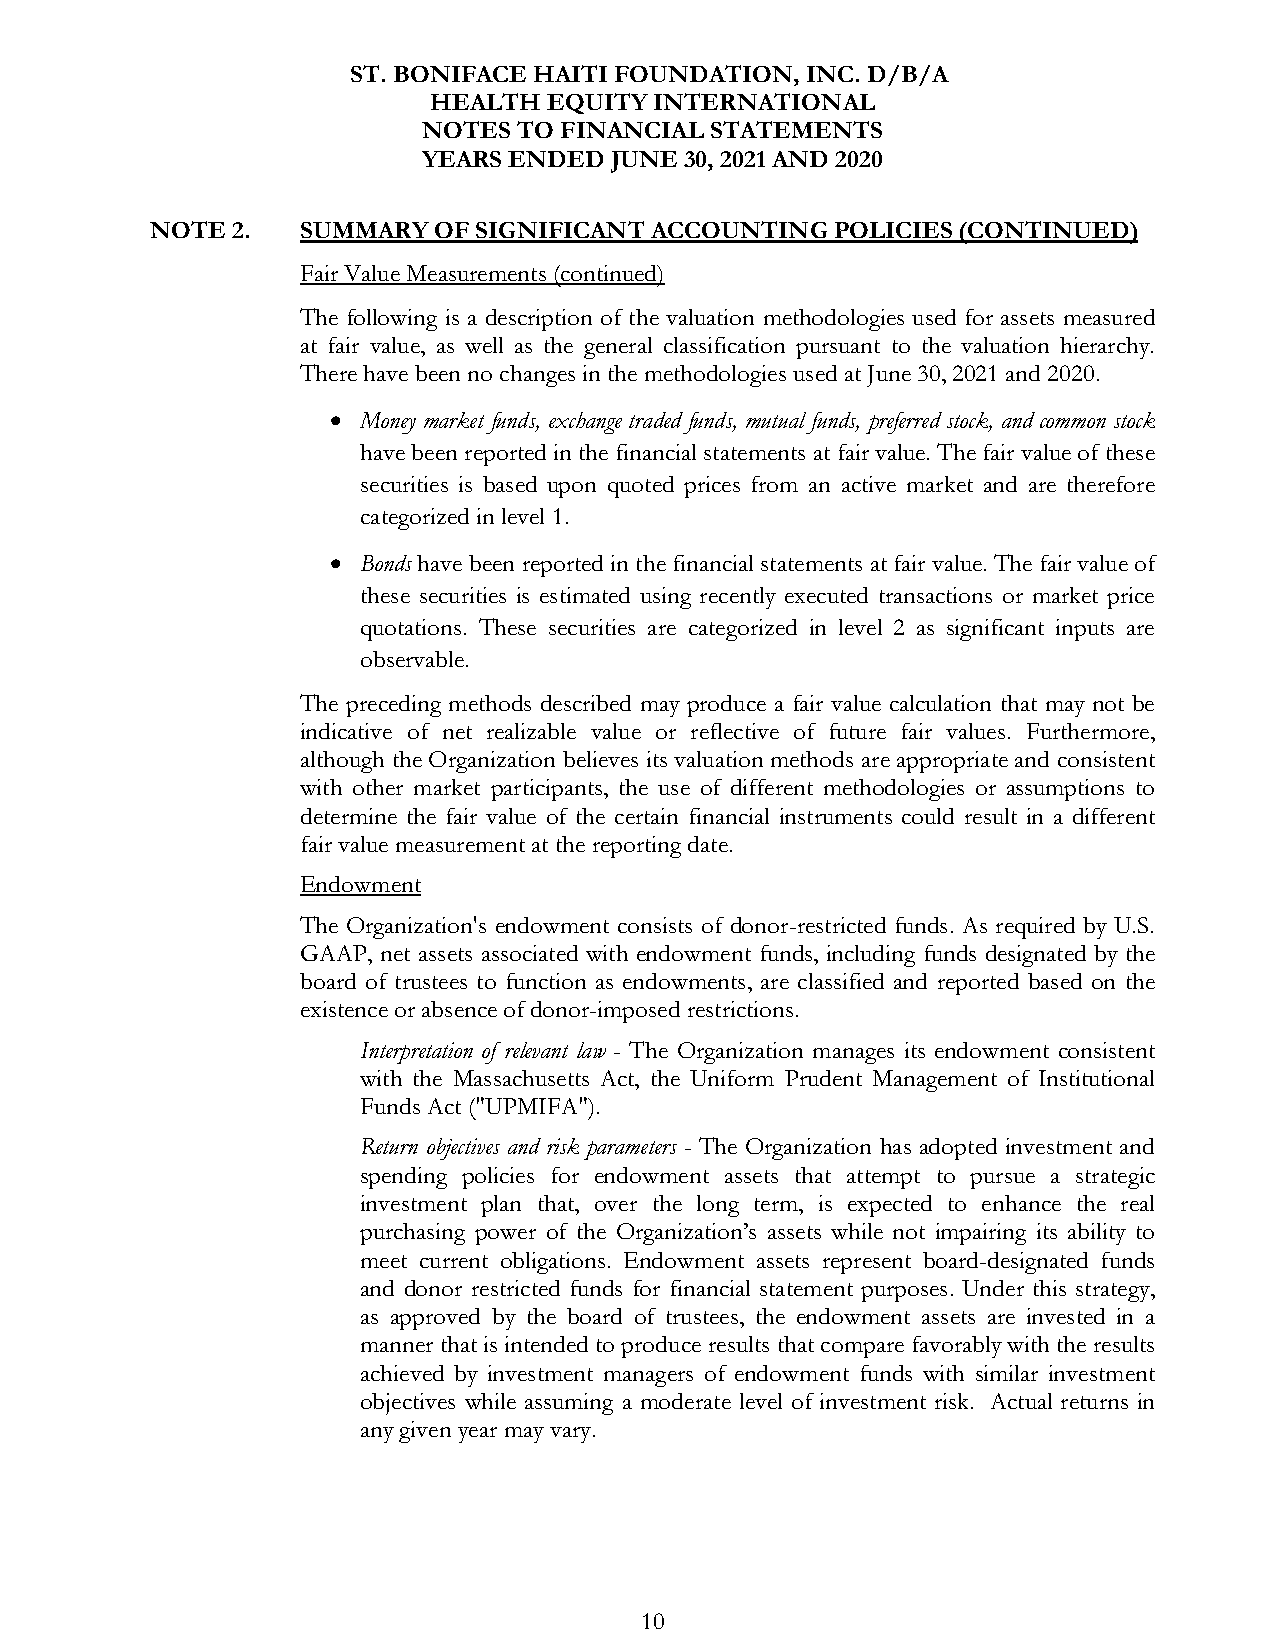
ST. BONIFACE HAITI FOUNDATION, INC. D/B/A
 HEALTH  EQUITY INTERNATIONAL
 NOTES TO FINANCIAL STATEMENTS
 YEARS ENDED JUNE 30, 2021 AND 2020
 NOTE 2.   SUMMARY  OF SIGNIFICANT ACCOUNTING POLICIES (CONTINUED)
 Fair Value Measurements (continued)
 The following is a description of the valuation methodologies used for assets measured
 at fair value, as well as the general classification pursuant to the valuation hierarchy.
 There have been no changes in the methodologies used at June 30, 2021 and 2020.
  Money market funds, exchange traded funds, mutual funds, preferred stock, and common stock
 have been reported in the financial statements at fair value. The fair value of these
 securities is based upon quoted prices from an active market and are therefore
 categorized in level 1.
  Bonds have been reported in the financial statements at fair value. The fair value of
 these securities is estimated using recently executed transactions or market price
 quotations. These securities are categorized in level 2 as significant inputs are
 observable.
 The preceding methods described may produce a fair value calculation that may not be
 indicative of net realizable value or reflective of future fair values. Furthermore,
 although the Organization believes its valuation methods are appropriate and consistent
 with other market participants, the use of different methodologies or assumptions to
 determine the fair value of the certain financial instruments could result in a different
 fair value measurement at the reporting date.
 Endowment
 The Organization's endowment consists of donor-restricted funds. As required by U.S.
 GAAP, net assets associated with endowment funds, including funds designated by the
 board of trustees to function as endowments, are classified and reported based on the
 existence or absence of donor-imposed restrictions.
 Interpretation of relevant law - The Organization manages its endowment consistent
 with the Massachusetts Act, the Uniform Prudent Management of Institutional
 Funds Act ("UPMIFA").
 Return objectives and risk parameters - The Organization has adopted investment and
 spending policies for endowment assets that attempt to pursue a strategic
 investment plan that, over the long term, is expected to enhance the real
 purchasing power of the Organization’s assets while not impairing its ability to
 meet current obligations. Endowment assets represent board-designated funds
 and donor restricted funds for financial statement purposes. Under this strategy,
 as approved by the board of trustees, the endowment assets are invested in a
 manner that is intended to produce results that compare favorably with the results
 achieved by investment managers of endowment funds with similar investment
 objectives while assuming a moderate level of investment risk. Actual returns in
 any given year may vary.
 10